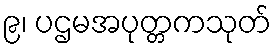
၉၊ ပဌမအပုတ္တကသုတ်